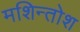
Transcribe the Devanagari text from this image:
मशिन्तोश